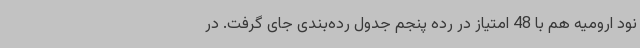
نود ارومیه هم با 48 امتیاز در رده پنجم جدول رده‌بندی جای گرفت. در